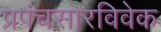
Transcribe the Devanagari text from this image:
प्रपंचसारविवेक